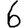
Digit: 6